Annual statistical returns and brief notes on vaccination in Bengal - 1896-1909
Year: 1896
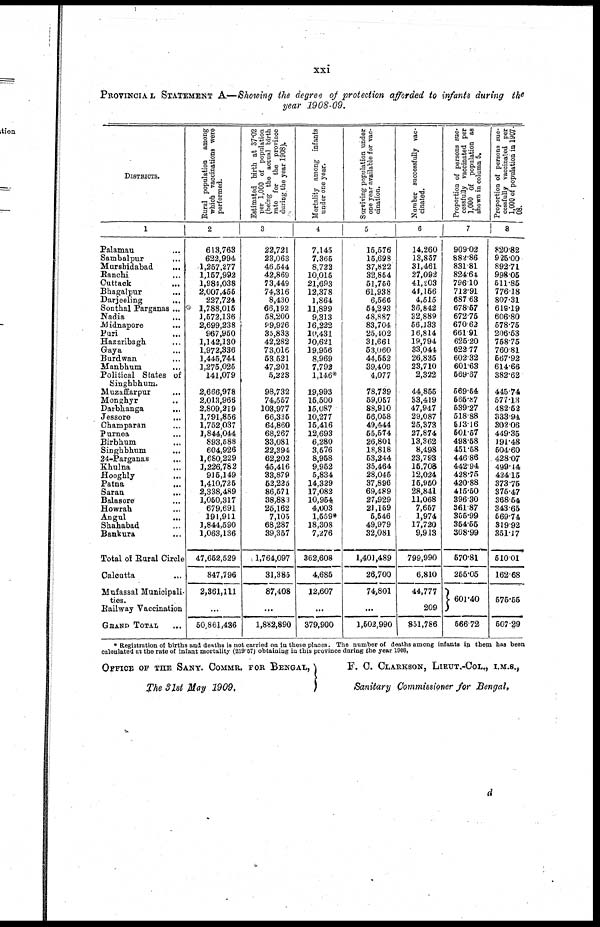
xxi
PROVINCIAL STATEMENT A.—Showing the degree of protection afforded to infants during the
year 1908-09.
DISTRICTS.
1
Palamau...
...
Sambalpur... ...
Murshidabad... ...
Ranchi...
...
Cuttack... ...
Bhagalpur... ...
Darjeeling...
...
Sonthal Parganas...
Nadia
...
...
Midnapore
Puri... ...
Hazaribagh... ...
Gaya... ...
Burdwan... ...
Manbhum... ...
Political States of
Singhbhum.
Muzaffarpur... ...
Monghyr... ...
Darbhanga...
...
Jessore...
...
Champaran... ...
Purnea... ...
Birbhum... ...
Singhbhum... ...
24-Parganas...
...
Khulna... ...
Hooghly... ...
Patna...
...
Saran...
...
Balasore... ...
Howrah...
...
Angul... ...
Shahabad... ...
Bankura...
...
Total of Rural Circle
Calcutta... ...
Mufassal Municipali-
ties.
Railway Vaccination
GRAND
TOTAL...
Rural population among
which vaccinations were
performed.
2
613,763
622,994
1,257,277
1,167,992
1,984,038
2,007,455
227,724
1,788,015
1,572,136
2,699,238
967,950
1,142,130
1,972,336
1,445,744
1,275,025
141,079
2,666,978
2,013,966
2,809,219
1,791,856
1,752,037
1,844,044
893,588
604,926
1,680,229
1,226,782
915,149
1,410,725
2,338,489
1,050,317
679,691
191,911
1,844,590
1,063,136
47,652,529
847,796
2,361,111
...
50,861,436
Estimated birth at 37.02
per 1,000 of population
(being the actual birth
rate for the province
during the year 1908).
3
22,721
23,063
46,544
42,869
73,449
74,316
8,430
66,192
58,200
99,926
35,833
42,282
73,016
53,521
47,201
5,223
98,732
74,557
103,977
66,335
64,860
68,267
33,081
22,394
62,202
45,416
33,879
52,225
86,571
38,883
25,162
7,105
68,287
39,357
1,764,097
31,385
87,408
...
1,882,890
Mortality among infants
under one year.
4
7,145
7,366
8,722
10,015
21,693
12,378
1,864
11,899
9,313
16,222
l0,431
30,621
19,956
8,969
7,792
1,146*
19,993
15,500
15,087
10,277
15,416
12,693
6,280
3,576
8,958
9,962
5,834
14,329
17,082
10,954
4,003
1,559*
18,308
7,276
362,608
4,685
12,607
...
379,900
Surviving population under
one year available for vac-
cination.
5
16,576
15,698
37,822
32,854
51,756
61,938
6,566
54,293
48,887
83,704
25,402
31,661
53,060
44,552
39,409
4,077
78,739
59,057
88,910
56,058
49,444
55,574
26,804
18,818
53,244
35,464
28,045
37,896
69,489
27,929
21,159
5,546
49,979
32,081
1,401,489
26,700
74,801
...
1,502,990
Number successfully vac-
cinated.
6
14,260
13,857
31,461
27,092
41,203
41,156
4,515
36,842
32,889
56,133
16,814
19,794
33,044
26,835
23,710
2,322
44,855
33,419
47,947
29,087
25,373
27,874
13,362
8,498
23,793
15,708
12,024
16,950
28,841
11,068
7,657
1,974
17,720
9,913
799,990
6,810
44,777
209
851,786
Proportion of persons suc-
cessfully vaccinated per
1,000 of population as
shown in column 5.
7
909.02
882.86
831.81
824.64
796.10
712.91
687.63
678.57
672.75
670.62
661.91
625.20
622.77
602.32
601.63
569.87
569.64
565.57
539.27
518.88
543.16
501.57
498.58
451.58
446.86
442.94
428.75
420.88
415.50
396.30
361.87
355.99
354.55
308.99
570.81
255.05
601.40
566.72
Proportion of persons suc-
cessfully vaccinated per
1,000 of population in 1907-
08.
8
820.82
925.00
892.71
998.05
511.85
776.18
807.31
619.19
606.80
578.76
206.53
758.75
760.81
567.92
614.66
382.62
445.74
577.13
482.52
333.94
302.06
449.35
191.48
504.60
428.07
499.44
424.15
373.75
375.47
368.54
343.65
569.74
319.92
351.17
510.01
162.68
575.55
507.29
* Registration of births and deaths is not carried on in these places. The number of deaths among infants in them has been
calculated at the rate of infant mortality (219.57) obtaining in this province during the year 1908.
OFFICE OF THE SANY. COMMR FOR BENGAL,
The 31st May 1909.
F. C. CLARKSON, LIEUT.-COL., I.M.S.,
Sanitary Commissioner for Bengal.
d